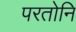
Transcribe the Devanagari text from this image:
परतोनि